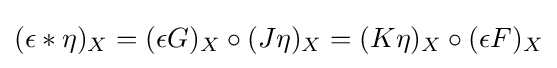
(\epsilon *\eta )_{X}=(\epsilon G)_{X}\circ (J\eta )_{X}=(K\eta )_{X}\circ (\epsilon F)_{X}